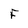
Character: F